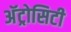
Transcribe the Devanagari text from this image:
अॅट्रोसिटी